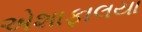
એશાફાલયા